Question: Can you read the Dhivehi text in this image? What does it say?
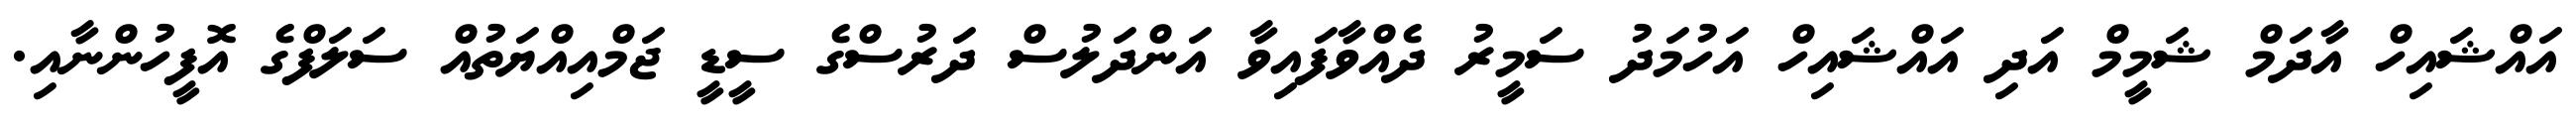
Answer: އައްޝައިހް އާދަމް ޝަމީމް އަދި އައްޝައިހް އަހުމަދު ސަމީރު ދެއްވާފައިވާ އަންދަލުސް ދަރުސްގެ ސީޑީ ޖަމްއިއްޔަތުއް ސަލަފްގެ އޮފީހުންނާއި.